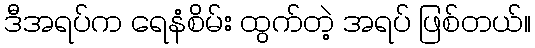
ဒီအရပ်က ရေနံစိမ်း ထွက်တဲ့ အရပ် ဖြစ်တယ်။